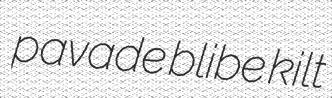
pavade blibe kilt